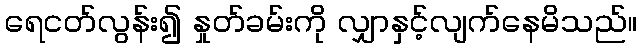
ရေငတ်လွန်း၍ နှုတ်ခမ်းကို လျှာနှင့်လျက်နေမိသည်။